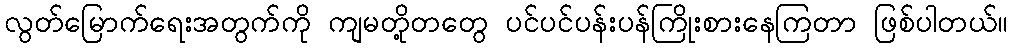
လွတ်မြောက်ရေးအတွက်ကို ကျမတို့တတွေ ပင်ပင်ပန်းပန်ကြိုးစားနေကြတာ ဖြစ်ပါတယ်။